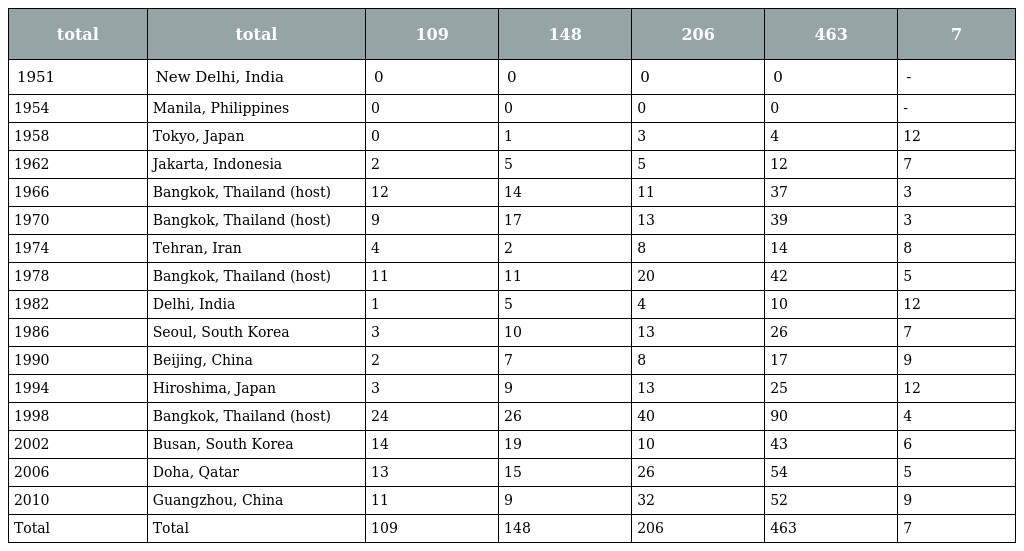
| total | total | 109 | 148 | 206 | 463 | 7 |
 | --- | --- | --- | --- | --- | --- | --- |
 | 1951 | New Delhi, India | 0 | 0 | 0 | 0 | - |
 | 1954 | Manila, Philippines | 0 | 0 | 0 | 0 | - |
 | 1958 | Tokyo, Japan | 0 | 1 | 3 | 4 | 12 |
 | 1962 | Jakarta, Indonesia | 2 | 5 | 5 | 12 | 7 |
 | 1966 | Bangkok, Thailand (host) | 12 | 14 | 11 | 37 | 3 |
 | 1970 | Bangkok, Thailand (host) | 9 | 17 | 13 | 39 | 3 |
 | 1974 | Tehran, Iran | 4 | 2 | 8 | 14 | 8 |
 | 1978 | Bangkok, Thailand (host) | 11 | 11 | 20 | 42 | 5 |
 | 1982 | Delhi, India | 1 | 5 | 4 | 10 | 12 |
 | 1986 | Seoul, South Korea | 3 | 10 | 13 | 26 | 7 |
 | 1990 | Beijing, China | 2 | 7 | 8 | 17 | 9 |
 | 1994 | Hiroshima, Japan | 3 | 9 | 13 | 25 | 12 |
 | 1998 | Bangkok, Thailand (host) | 24 | 26 | 40 | 90 | 4 |
 | 2002 | Busan, South Korea | 14 | 19 | 10 | 43 | 6 |
 | 2006 | Doha, Qatar | 13 | 15 | 26 | 54 | 5 |
 | 2010 | Guangzhou, China | 11 | 9 | 32 | 52 | 9 |
 | Total | Total | 109 | 148 | 206 | 463 | 7 |